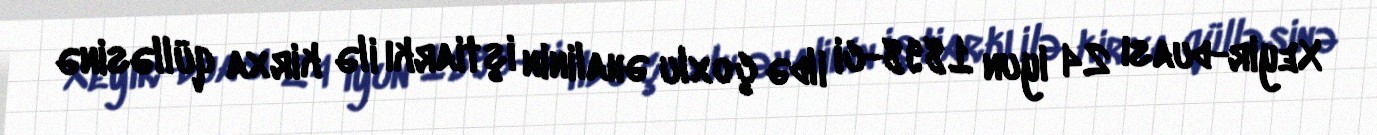
Xeyir-duası 24 iyun 1898-ci ildə çoxlu əhalinin iştiarkı ilə kirxa qülləsinə